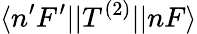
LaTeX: \langle n^{\prime}F^{\prime}||T^{(2)}||nF\rangle